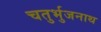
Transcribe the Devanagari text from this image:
चतुर्भुजनाथ